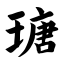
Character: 瑭